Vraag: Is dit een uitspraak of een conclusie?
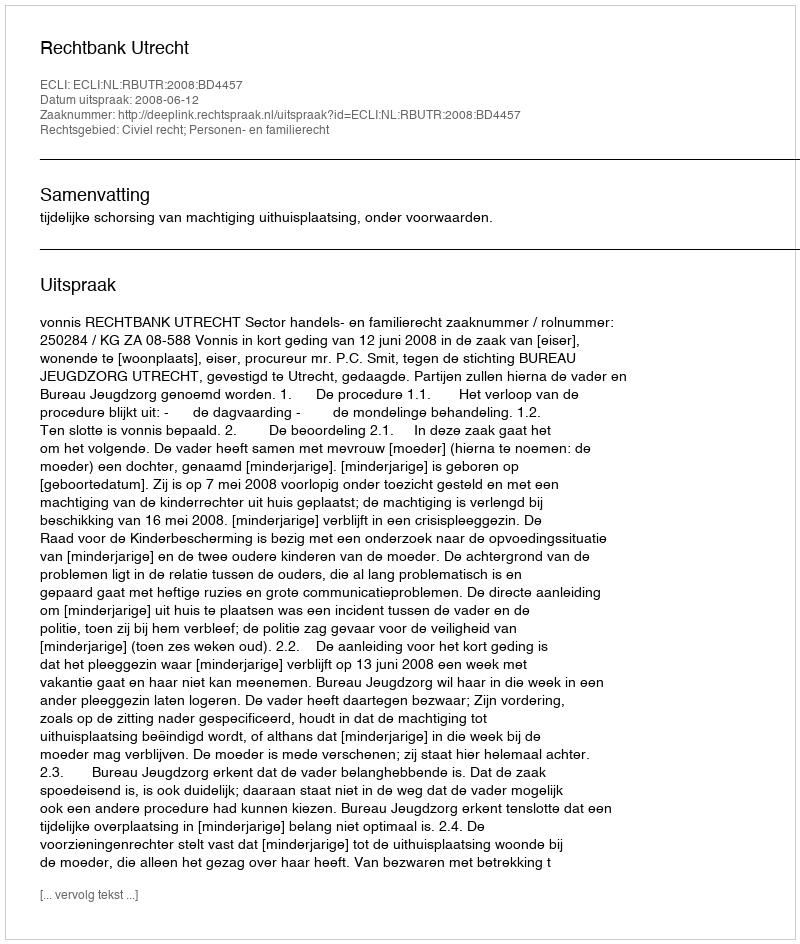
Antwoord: Uitspraak